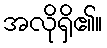
အလိုရှိ၏။